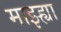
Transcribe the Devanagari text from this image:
माझ्ह्या